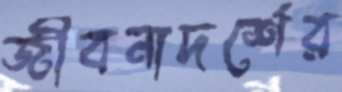
জীবনাদর্শের